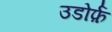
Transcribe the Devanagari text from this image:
उडोर्फ़